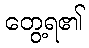
တွေ့ရ၏